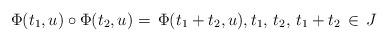
LaTeX: \begin{align*}\Phi(t_1,u)\circ \Phi(t_2,u)=\,\Phi(t_1+t_2,u),t_1,\,t_2, \,t_1+t_2\,\in \,J\end{align*}